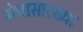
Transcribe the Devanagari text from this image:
मेघासारख्या